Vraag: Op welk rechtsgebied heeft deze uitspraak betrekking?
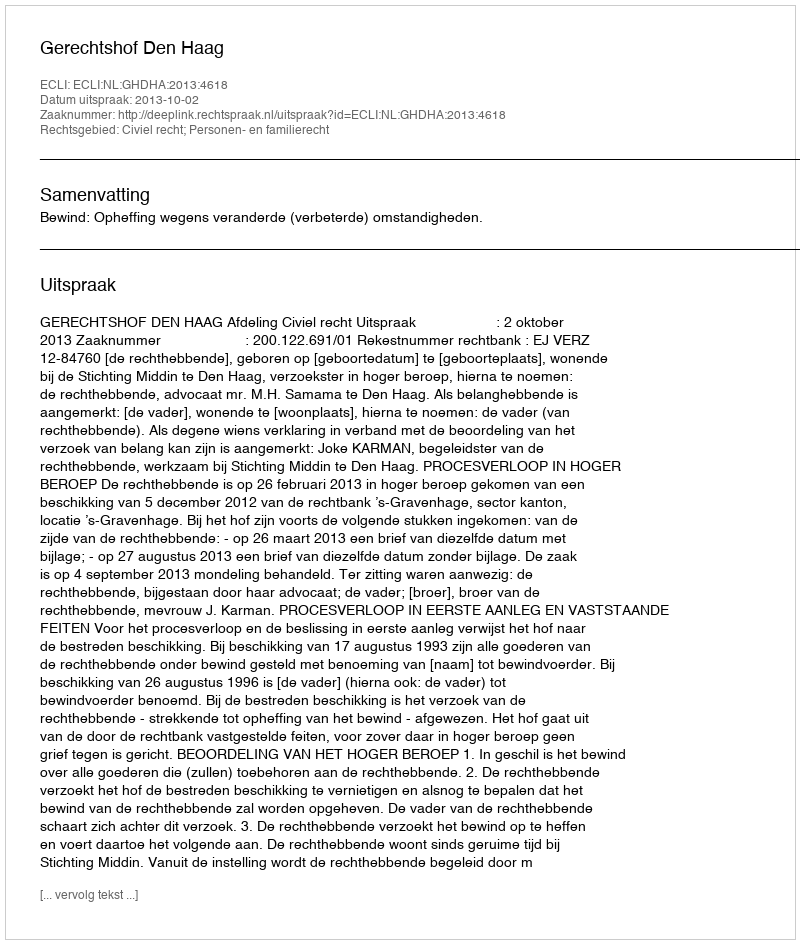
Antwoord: Civiel recht; Personen- en familierecht